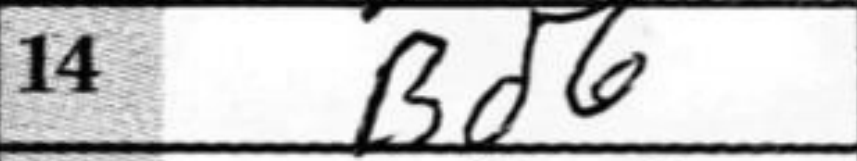
Transcription: Bd6